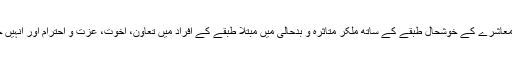
منہاج ویلفیئر فاؤنڈیشن امداد باہمی کے تصور کے تحت معاشرے کے خوشحال طبقے کے ساتھ ملکر متاثرہ و بدحالی میں مبتلا طبقے کے افراد میں تعاون، اخوت، عزت و احترام اور انہیں خوشحال زندگی گزارنے کے لیے اعانت فراہم کرتی ہے۔